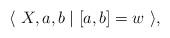
LaTeX: \begin{align*} \langle \ X,a,b \mid [a,b] = w \ \rangle,\end{align*}